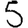
Digit: 5